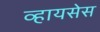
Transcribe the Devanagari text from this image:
व्हायसेस